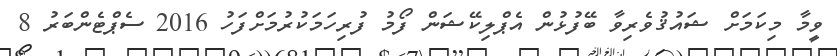
ވީމާ މިކަމަށް ޝައުޤުވެރިވާ ބޭފުޅުން އެޕްލިކޭޝަން ފޯމު ފުރިހަމަކުރުމަށްފަހު 2016 ސެޕްޓެންބަރު 8